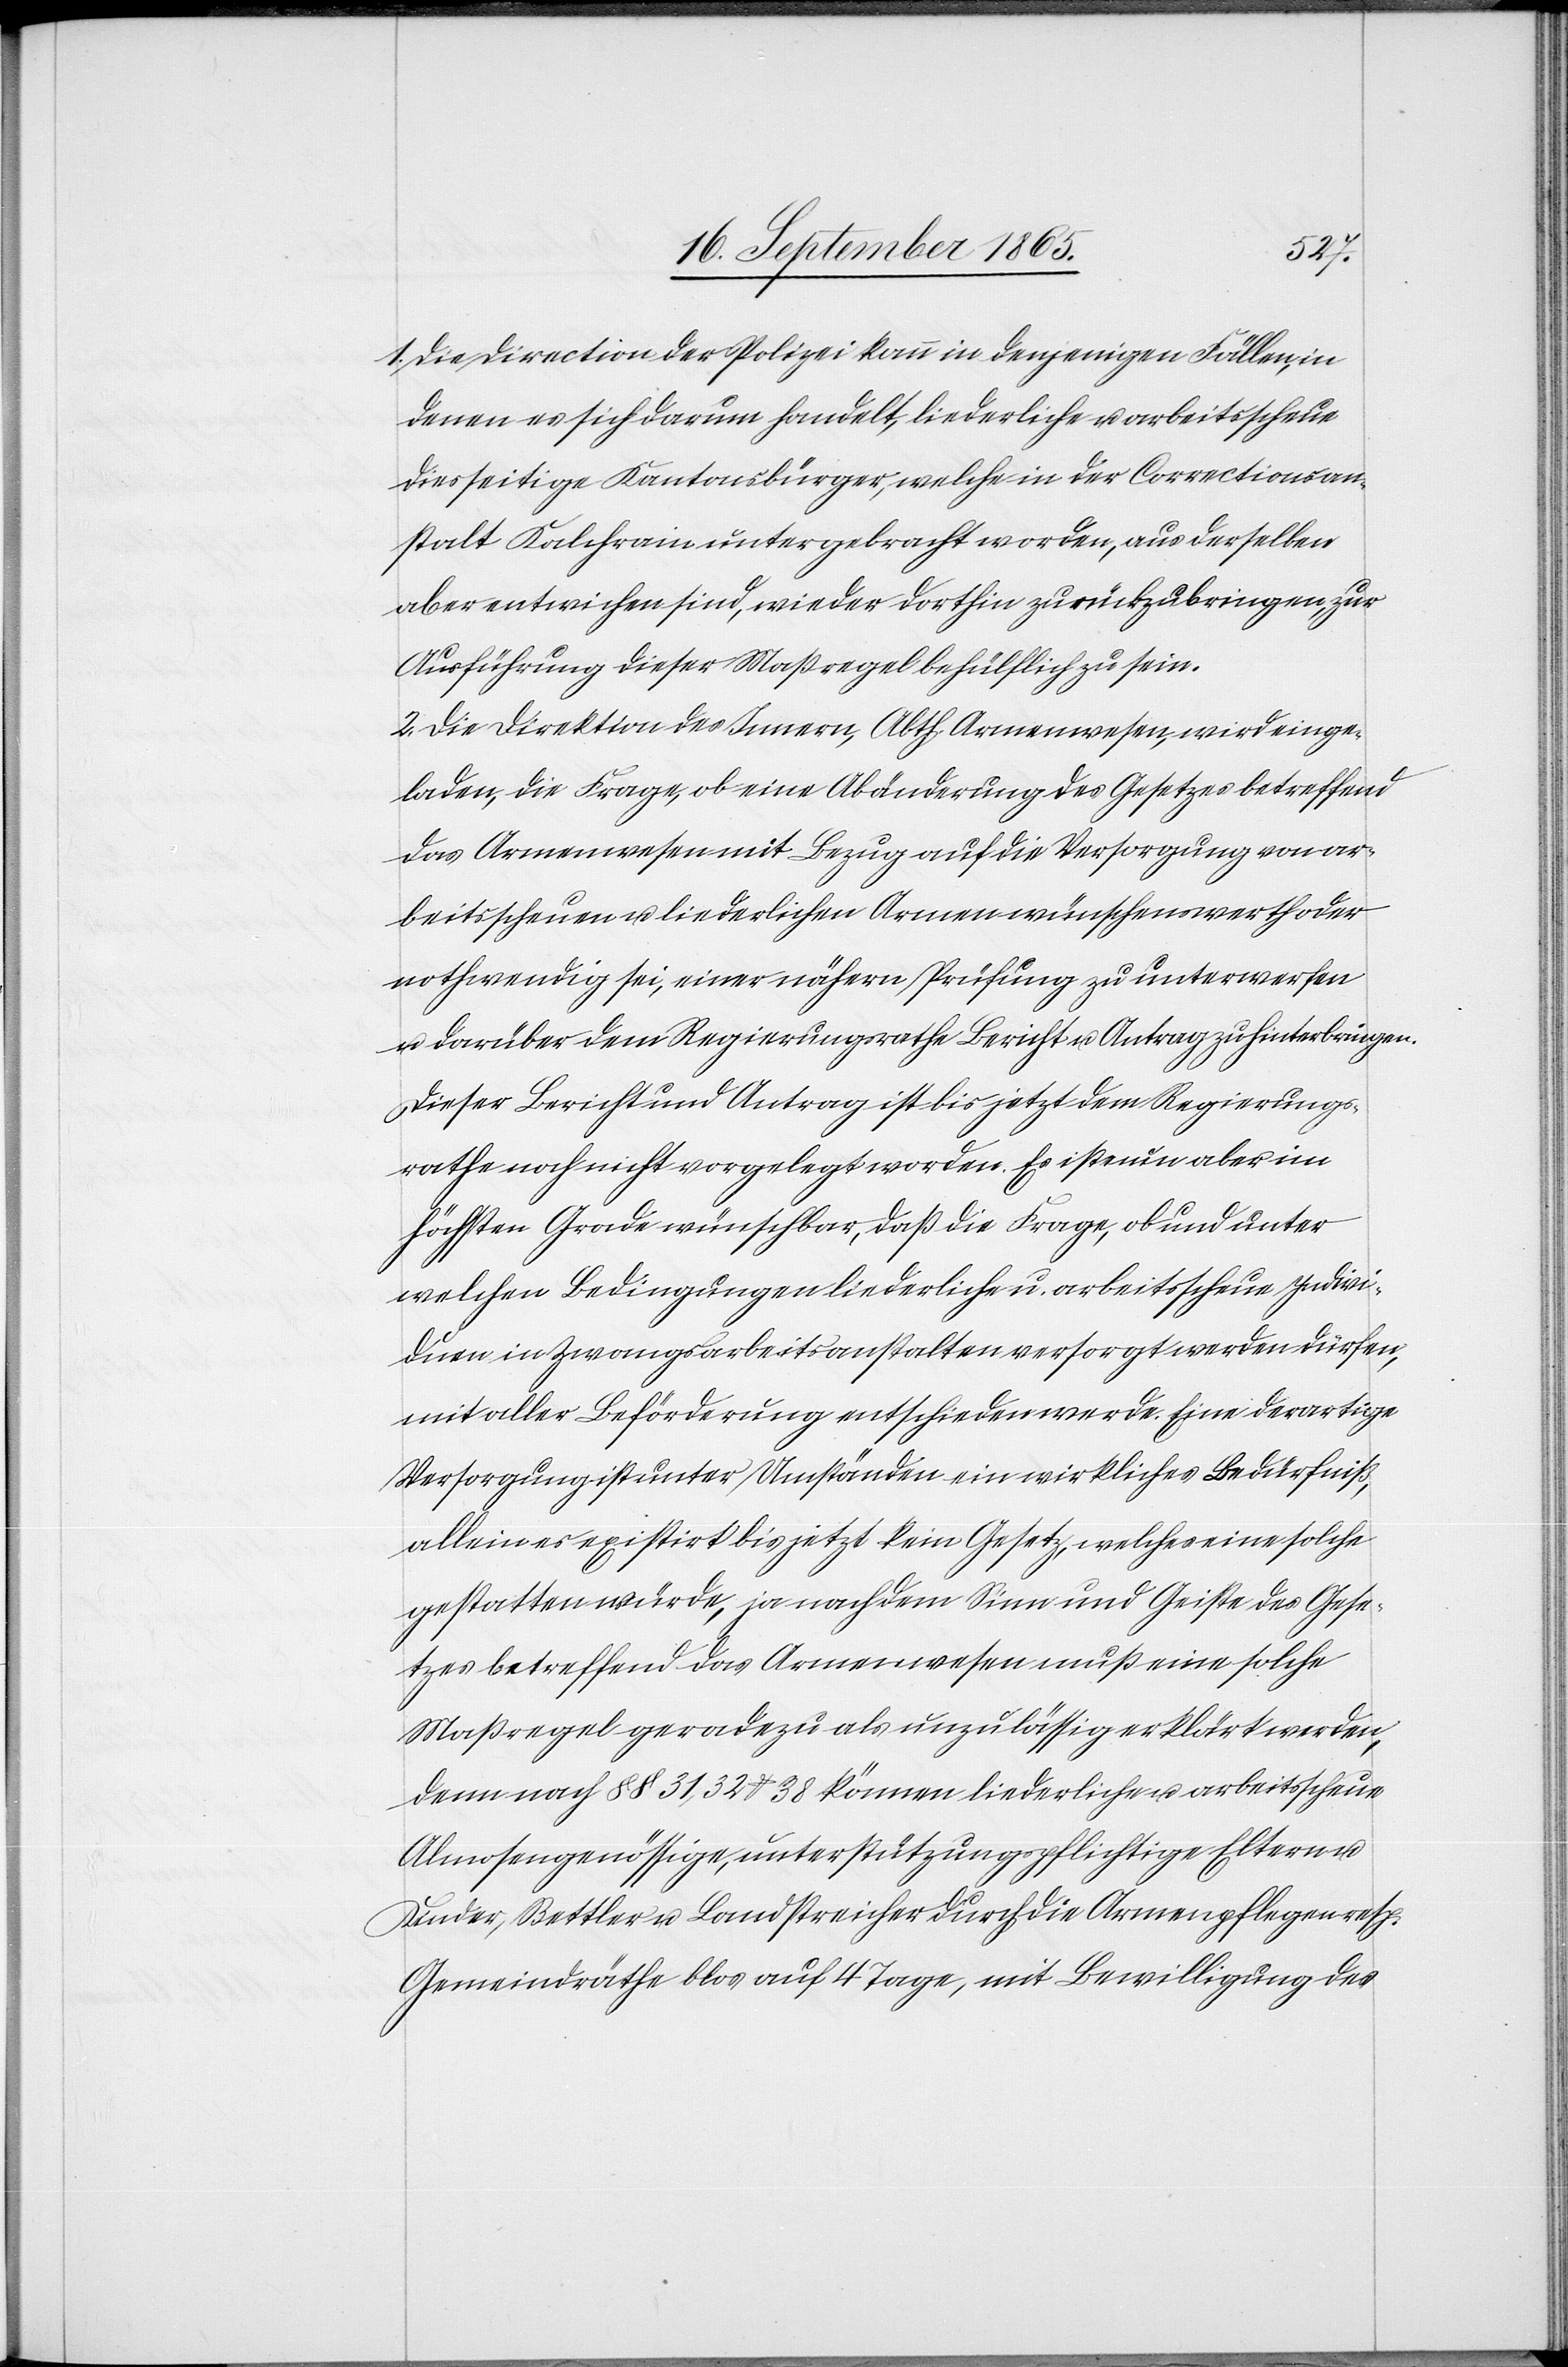
1. Die Direction der Polizei kann in denjenigen Fällen, in
denen es sich darum handelt, liederliche u. arbeitsscheue
diesseitige Kantonsbürger, welche in der Correctionsan¬
stalt Kalchrain untergebracht worden, aus derselben
aber entwichen sind, wieder dorthin zurückzubringen, zur
Ausführung dieser Maßregel behülflich zu sein.
2. Die Direktion des Innern, Abth. Armenwesen, wird einge¬
laden, die Frage, ob eine Abänderung des Gesetzes betreffend
das Armenwesen mit Bezug auf die Versorgung von ar¬
beitsscheuen u. liederlichen Armen wünschenswerth oder
nothwendig sei, einer nähern Prüfung zu unterwerfen
u. darüber dem Regierungsrathe Bericht u. Antrag zu hinterbringen.
Dieser Bericht und Antrag ist bis jetzt dem Regierungs¬
rathe noch nicht vorgelegt worden. Es ist nun aber im
höchsten Grade wünschbar, daß die Frage, ob und unter
welchen Bedingungen liederliche u. arbeitsscheue Indivi¬
duen in Zwangsarbeitsanstalten versorgt werden dürfen,
mit aller Beförderung entschieden werde. Eine derartige
Versorgung ist unter Umständen ein wirkliches Bedürfniß,
allein es existirt bis jetzt kein Gesetz, welches eine solche
gestatten würde, ja nach dem Sinn und Geiste des Gese¬
tzes betreffend das Armenwesen muß eine solche
Maßregel geradezu als unzulässig erklärt werden,
denn nach § § 31, 32 u. 38 können liederliche u. arbeitsscheue
Kinder, Bettler u. Landstreicher durch die Armenpflegen resp.
Gemeindräthe blos auf 4 Tage, mit Bewilligung des